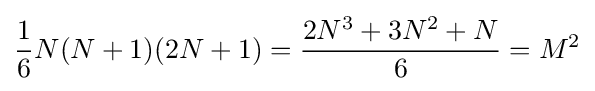
{\frac {1}{6}}N(N+1)(2N+1)={\frac {2N^{3}+3N^{2}+N}{6}}=M^{2}